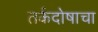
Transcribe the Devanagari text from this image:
तर्कदोषाचा